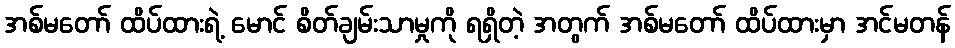
အစ်မတော် ထိပ်ထားရဲ့ မောင် စိတ်ချမ်းသာမှုကို ရရှိတဲ့ အတွက် အစ်မတော် ထိပ်ထားမှာ အင်မတန်